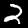
Digit: 2